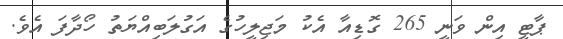
ޕާޓީ އިން ވަނީ 265 ގޮޑިއާ އެކު މަޖިލީހުގެ އަގުލަބިއްޔަތު ހޯދާފަ އެވެ.